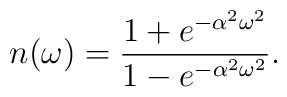
n(\omega) = {{1 + e^{-\alpha^2\omega^2}}\over{1-e^{-\alpha^2\omega^2}}}.